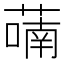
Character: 𬞑